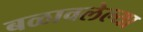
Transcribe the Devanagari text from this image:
बळावलेल्या